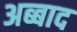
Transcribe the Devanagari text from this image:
अब्बाद